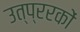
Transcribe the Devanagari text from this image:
उत्प्ररकों